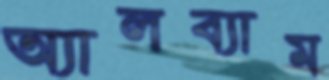
অ্যালব্যাম